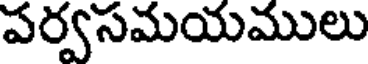
పర్వసమయములు